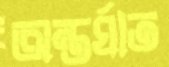
অন্তর্ঘাত